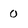
Character: o